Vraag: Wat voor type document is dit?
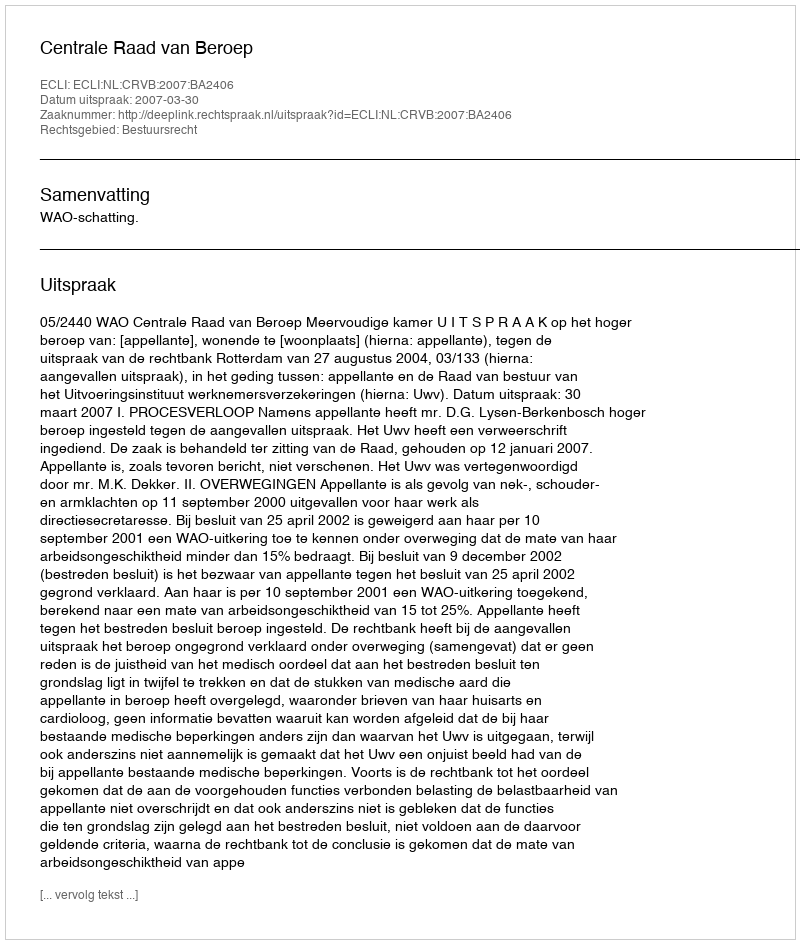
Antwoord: Uitspraak